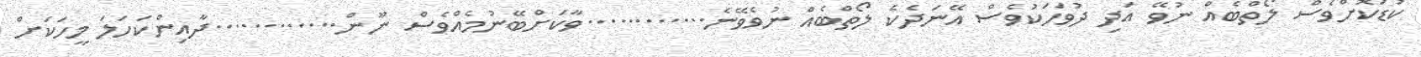
ކުޑަކޮށްވެސް ލޯތްބެއް ނުވޭ އަދި ދުވަހަކުވެސް އޭނަދެކެ ލޯތްބެއް ނުވެވޭނެ............ވާކަށްބޭނުމެއްވެސް ނޫން............ދާއިންކަހަލަ މީހަކަށް